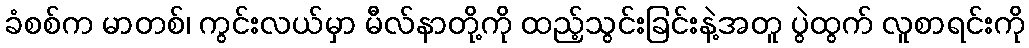
ခံစစ်က မာတစ်၊ ကွင်းလယ်မှာ မီလ်နာတို့ကို ထည့်သွင်းခြင်းနဲ့အတူ ပွဲထွက် လူစာရင်းကို